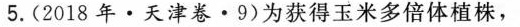
5.(2018年·天津卷·9)为获得玉米多倍体植株，